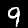
Label: 9